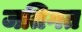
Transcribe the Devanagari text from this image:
जतिगत